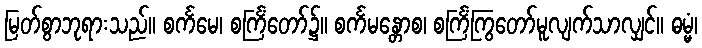
မြတ်စွာဘုရားသည်။ စင်္ကမေ၊ စင်္ကြံတော်၌။ စင်္ကမန္တောစ၊ စင်္ကြံကြွတော်မူလျက်သာလျှင်။ ဓမ္မံ၊